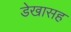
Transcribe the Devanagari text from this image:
डेखासह